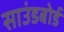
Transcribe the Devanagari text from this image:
साउंडबोर्ड